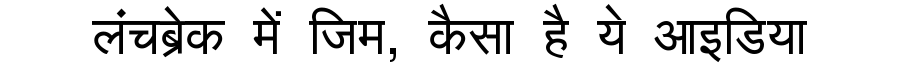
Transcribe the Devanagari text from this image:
लंचब्रेक में जिम, कैसा है ये आइडिया